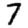
Digit: 7